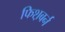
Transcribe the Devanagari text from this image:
फिश़बर्न